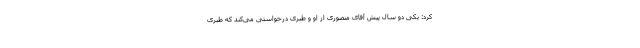
کرد: یکی دو سال پیش آقای منصوری از او و طبری درخواستی می‌کند که طبری